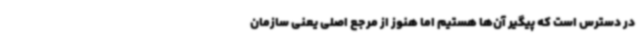
در دسترس است که پیگیر آن‌ها هستیم اما هنوز از مرجع اصلی یعنی سازمان